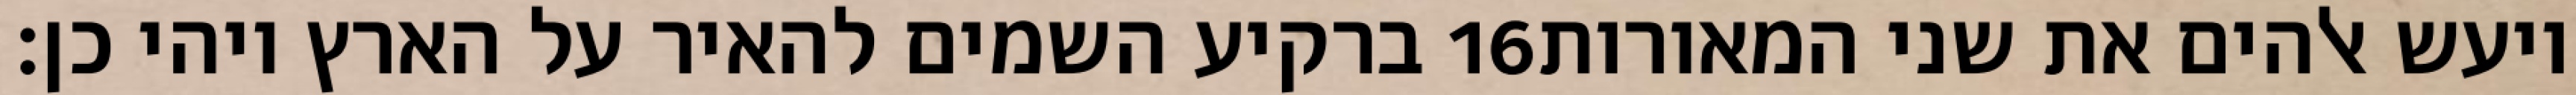
ברקיע השמים להאיר על הארץ ויהי כן׃ ‎16‏ ויעש אלהים את שני המאורות